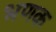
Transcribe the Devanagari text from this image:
भणक